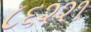
૮૬૨૨૧